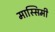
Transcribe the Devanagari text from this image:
मास्सिमी